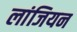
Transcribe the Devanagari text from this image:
लांजियन